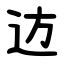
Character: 䢍